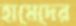
হামেদের